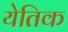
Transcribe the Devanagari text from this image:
येतिक